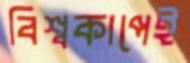
বিশ্বকাপেই